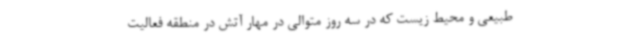
طبیعی و محیط زیست که در سه روز متوالی در مهار آتش در منطقه فعالیت